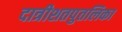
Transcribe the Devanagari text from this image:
दात्रीशतपुतलिका